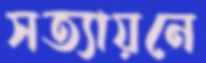
সত্যায়নে